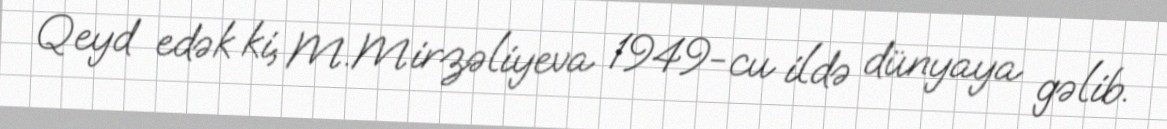
Qeyd edək ki, M.Mirzəliyeva 1949-cu ildə dünyaya gəlib.